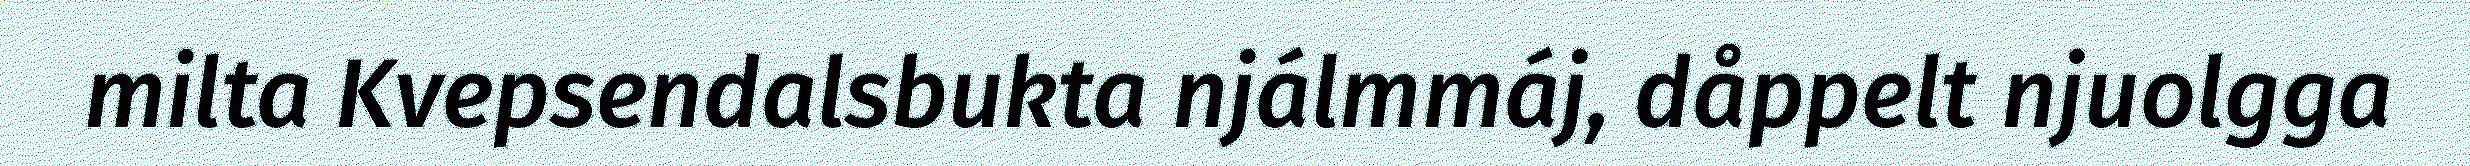
milta Kvepsendalsbukta njálmmáj, dåppelt njuolgga